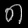
Digit: ၈